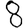
Digit: 8